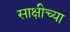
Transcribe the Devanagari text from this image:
साक्षीच्या